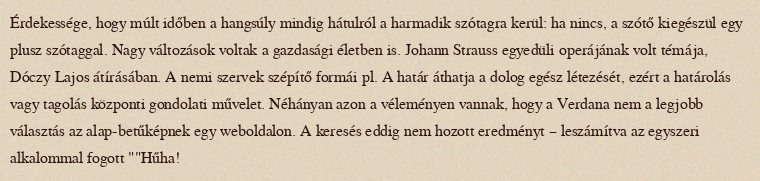
Érdekessége, hogy múlt időben a hangsúly mindig hátulról a harmadik szótagra kerül: ha nincs, a szótő kiegészül egy plusz szótaggal. Nagy változások voltak a gazdasági életben is. Johann Strauss egyedüli operájának volt témája, Dóczy Lajos átírásában. A nemi szervek szépítő formái pl. A határ áthatja a dolog egész létezését, ezért a határolás vagy tagolás központi gondolati művelet. Néhányan azon a véleményen vannak, hogy a Verdana nem a legjobb választás az alap-betűképnek egy weboldalon. A keresés eddig nem hozott eredményt – leszámítva az egyszeri alkalommal fogott ""Hűha!